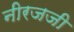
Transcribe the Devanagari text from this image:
नीरजजी